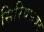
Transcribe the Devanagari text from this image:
सिरियसवर